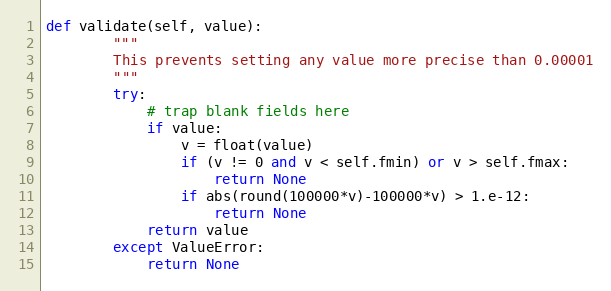
Language: Python
def validate(self, value):
        """
        This prevents setting any value more precise than 0.00001
        """
        try:
            # trap blank fields here
            if value:
                v = float(value)
                if (v != 0 and v < self.fmin) or v > self.fmax:
                    return None
                if abs(round(100000*v)-100000*v) > 1.e-12:
                    return None
            return value
        except ValueError:
            return None